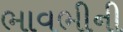
ભાવભીની